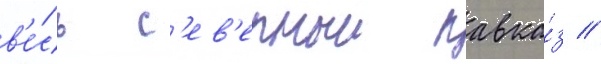
в'е́сь с'ев'ерныи кавка́з //